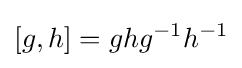
[g,h]=ghg^{-1}h^{-1}